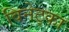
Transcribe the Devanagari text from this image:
विनेट्का